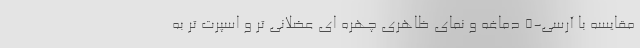
مقایسه با آرسی-5 دماغه و نمای ظاهری چهره ای عضلانی تر و اسپرت تر به